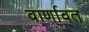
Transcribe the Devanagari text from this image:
वार्णावत